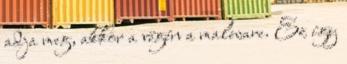
adja meg, akkor a végén a malware. Ez így